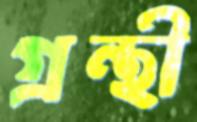
গ্রন্থী